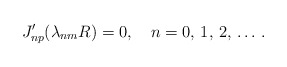
\begin{align*}J'_{np}(\lambda_{nm}R)=0, \quad n=0,\,1,\,2,\, \ldots \,{.}\end{align*}